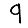
Digit: 9